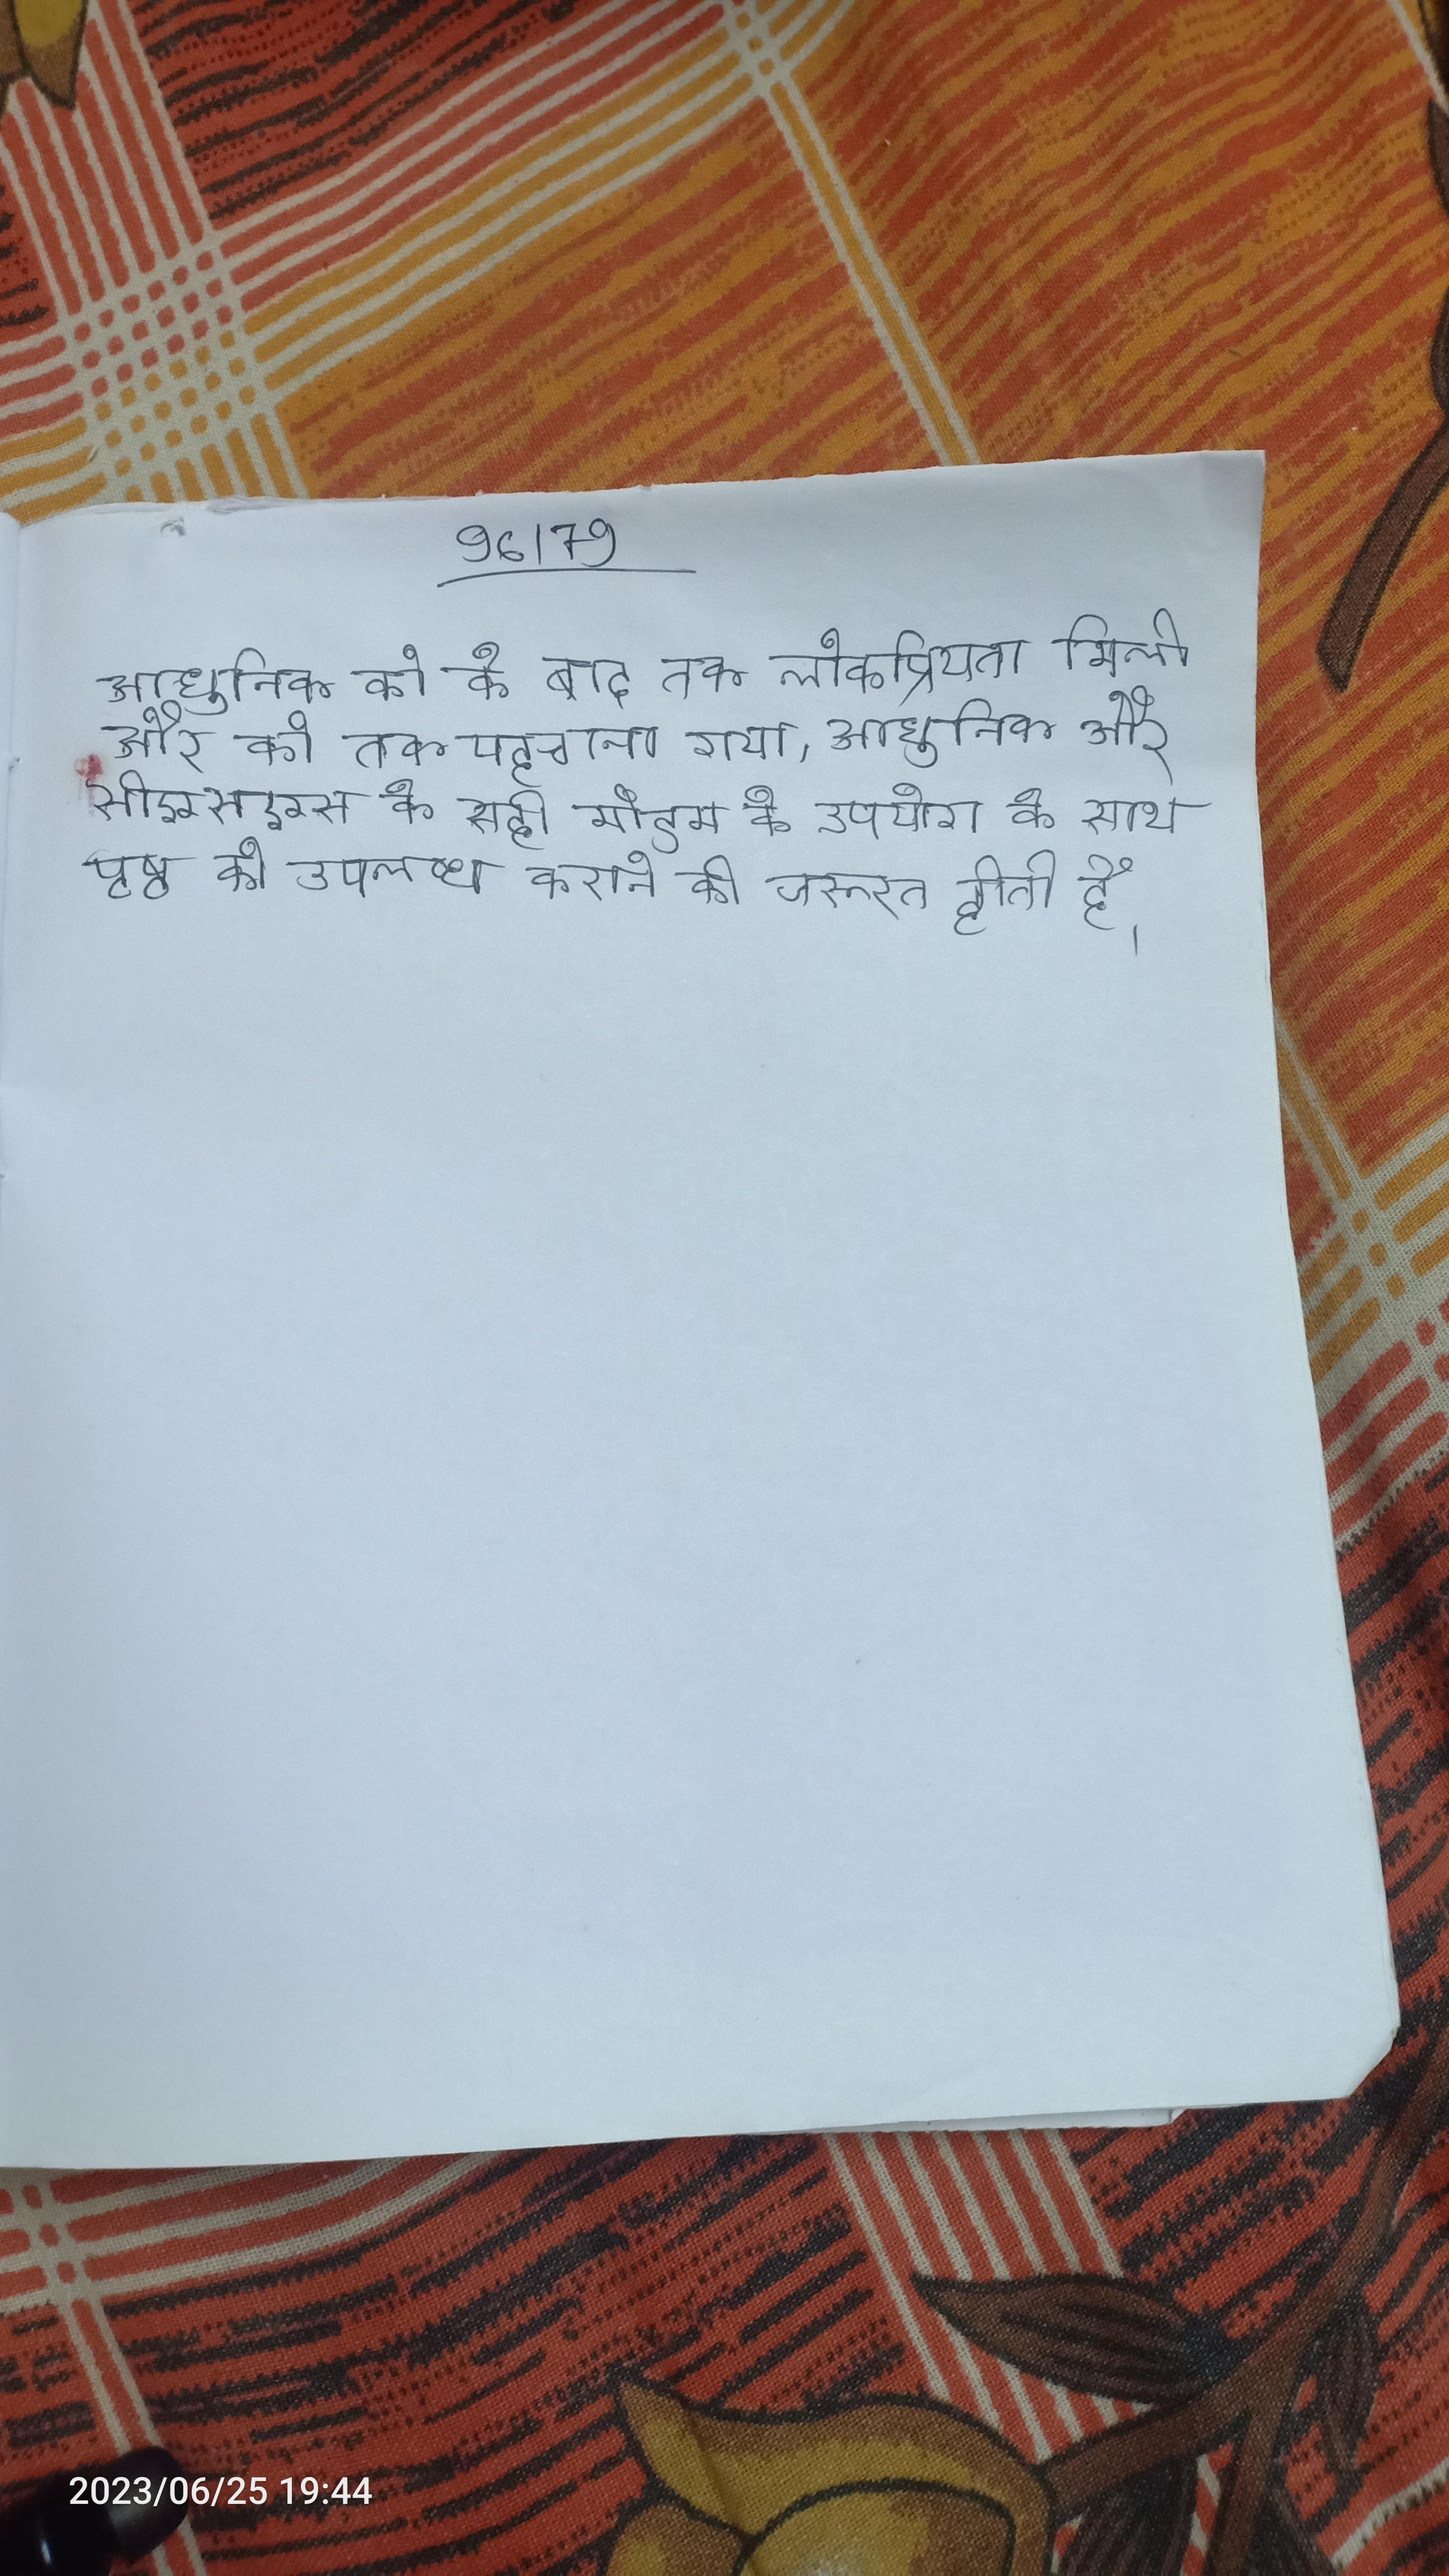
आधुनिक को के बाद तक लोकप्रियता मिली और को तक पहचाना गया । आधुनिक और सीएसएस के सही मोडम के उपयोग के साथ पृष्ठ को उपलब्ध कराने की जरूरत होती है और तब पूरी साइट के दो को बनाए रखना है ।